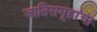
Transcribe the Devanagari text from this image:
जातिसमूहांचा